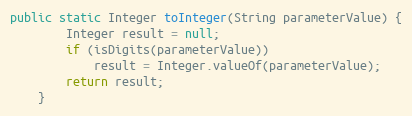
Language: Java
public static Integer toInteger(String parameterValue) {
        Integer result = null;
        if (isDigits(parameterValue))
            result = Integer.valueOf(parameterValue);
        return result;
    }